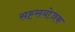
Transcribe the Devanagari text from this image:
सह्सयोजक